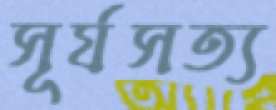
সূর্যসত্য